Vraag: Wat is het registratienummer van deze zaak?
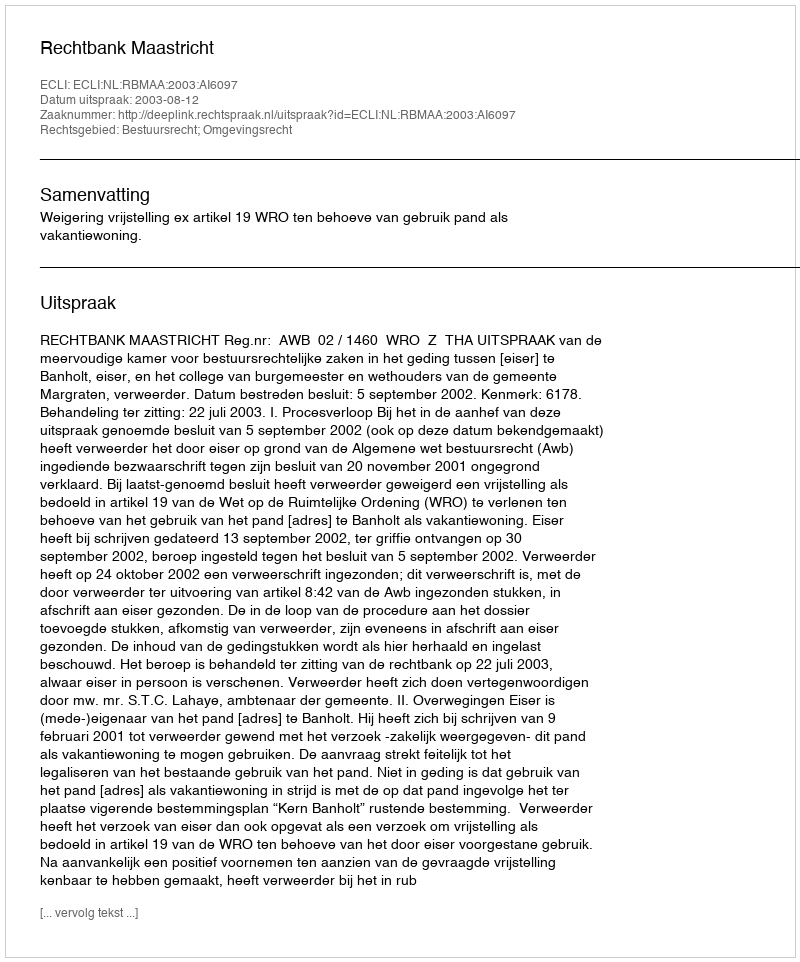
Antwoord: http://deeplink.rechtspraak.nl/uitspraak?id=ECLI:NL:RBMAA:2003:AI6097